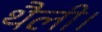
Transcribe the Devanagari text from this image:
थैली।